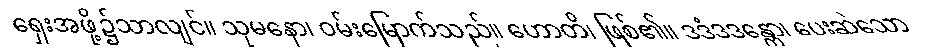
ရှေးအဖို့၌သာလျင်။ သုမနော၊ ဝမ်းမြောက်သည်။ ဟောတိ၊ ဖြစ်၏။ ဒဒံဒဒန္တော၊ ပေးဆဲသော